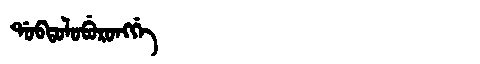
Manchu: ᡩᠣᠪᡨᠣᠯᠣᠪᡠᡵᠣᠩᡤᡝ
Romanization: DOBTOLOBURONGGE